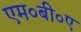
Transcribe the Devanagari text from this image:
एम०बी०ए